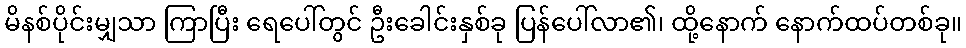
မိနစ်ပိုင်းမျှသာ ကြာပြီး ရေပေါ်တွင် ဦးခေါင်းနှစ်ခု ပြန်ပေါ်လာ၏၊ ထို့နောက် နောက်ထပ်တစ်ခု။